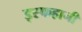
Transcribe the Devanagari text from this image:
इस्फहानी